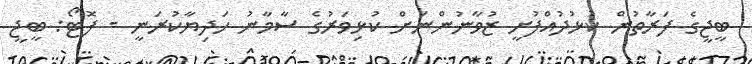
ބީޖީގެ ފަރާތުން ކުޅުދުއްފުށީ ޒުވާނުންނަށް ކުޅިވަރުގެ ސާމާނު ހަދިޔާކުރަނީ - ފޮޓޯ: ބީޖީ